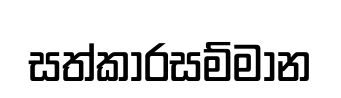
සත්කාරසම්මාන